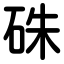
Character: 硃